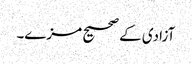
آزادی کے صحیح مزے۔